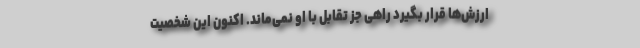
ارزش‌ها قرار بگیرد راهی جز تقابل با او نمی‌ماند. اکنون این شخصیتِ